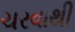
ચરવાથી